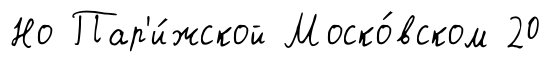
Но Пар'и́жской Моско́вском 20